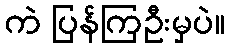
ကဲ ပြန်ကြဦးမှပဲ။